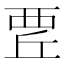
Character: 𧟬